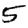
Digit: 5